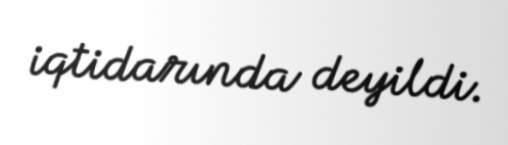
iqtidarında deyildi.